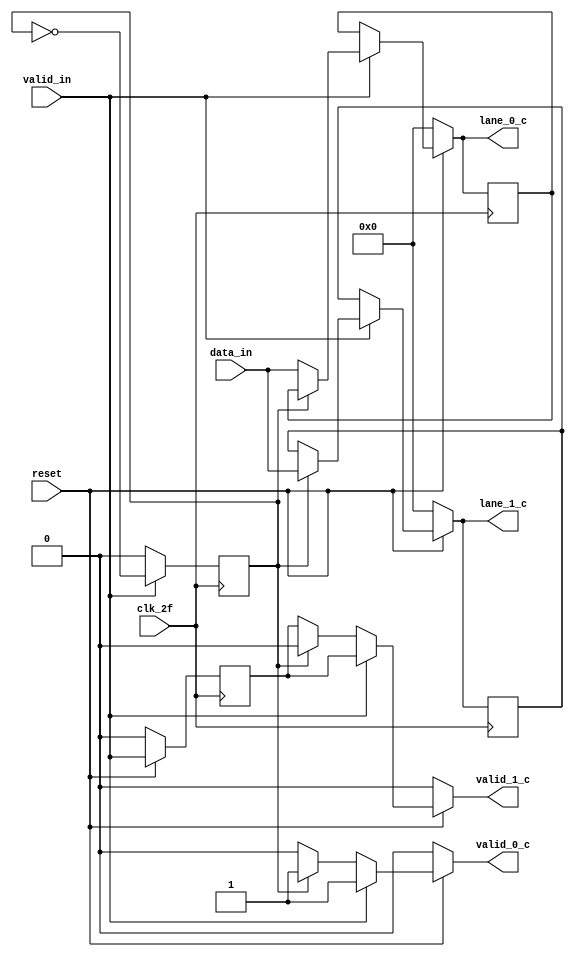
module Byte_striping_cond(
    input clk_2f,
    input valid_in,
    input [7:0]  data_in,
    input reset,
    output reg [7:0] lane_0_c,
    output reg [7:0] lane_1_c,
    output reg valid_0_c,         
    output reg valid_1_c     
);
    
    reg selector;
    reg[7:0] y_0, y_1;
    reg valid_atrasado;
 
/////////////////////////////////////////////////////////////////////////////////////

    //Flip Flops

    always @ (posedge clk_2f)
        begin
            if (reset == 0)
                begin
                    y_0 <= 'b0000; 
                    y_1 <= 'b0000; 
                    valid_atrasado <= 0; 
                end
            else    //reset = 1
                begin
                    valid_atrasado <= valid_in;
                    if(valid_in == 0)
                        begin
                                y_0 <= y_0;
                                y_1 <= y_1;                                           
                        end
                    else    //valid in == 1
                        begin
                            if(selector == 0)
                            begin
                                y_0 <= data_in;
                                y_1 <= y_1;                                 
                            end
                            if(selector == 1)
                            begin
                                y_0 <= y_0;
                                y_1 <= data_in;                                      
                            end                              
                        end
                end
        end

    always @ (*)
        begin           
            lane_0_c = 'h0;
            lane_1_c = 'h0;
            valid_0_c = 0;
            valid_1_c = 0;
            if (reset == 1)            
            begin
                valid_1_c = valid_atrasado;
                lane_0_c = y_0;
                lane_1_c = y_1;
                if (valid_in == 0) begin
                    if(selector == 1) begin
                        valid_0_c = 1;
                        valid_1_c = 0;                         
                    end
                end 
                if(valid_in == 1)
                    begin
                        valid_0_c = 1;  
                        if(selector == 0)
                            lane_0_c = data_in;
                        if(selector == 1)
                            lane_1_c = data_in;  
                    end
            end    
        end  
    /////////////////////////   SELECTOR    ////////////////////////
    always @ (posedge clk_2f)
        begin
            selector <= 0;
            if (valid_in == 1)
                selector <= ~selector;
        end


endmodule